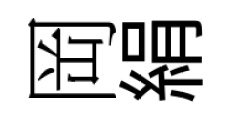
岡絹